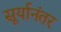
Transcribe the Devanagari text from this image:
सूर्यानंतर